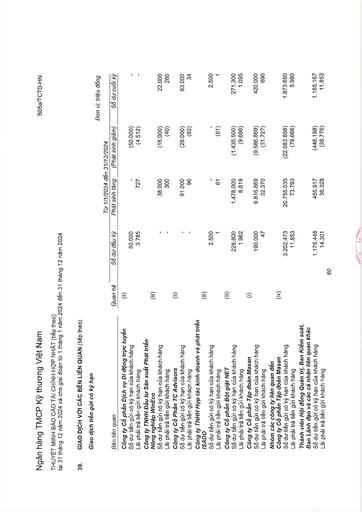
||||Từ 1/1/2024 đến|31/12/2024|| |---|---|---|---|---|---| |Bên liên quan|Quan hệ|Số dư đầu kỳ|Phát sinh tăng|(Phát sinh giảm)|Số dư cuối kỳ| |Công ty Cổ phần Dịch vụ Di động Trực tuyến|(ii)||||| |Số dư tiền gửi có kỳ hạn của khách hàng||50.000|-|(50.000)|-| |Lãi phải trả tiền gửi khách hàng||3.785|727|(4.512)|| |Công ty TNHH Đầu tư Sản xuất Phát triển Nông nghiệp WinEco|(iii)||||| |Số dư tiền gửi có kỳ hạn của khách hàng||-|38.000|(16.000)|22.000| |Lãi phải trả tiền gửi khách hàng||-|300|(40)|260| |Công ty Cổ phần TC Advisors|(ii)||||| |Số dư tiền gửi có kỳ hạn của khách hàng||-|91.000|(28.000)|63.000| |Lãi phải trả tiền gửi khách hàng||-|96|(62)|34| |Công ty TNHH Hợp tác Kinh doanh và Phát triển|||||| |ISADO|(iii)||||| |Số dư tiền gửi có kỳ hạn của khách hàng||2.500|-||2.500| |Lãi phải trả tiền gửi khách hàng||1|61|(61)|1| |Công ty Cổ phần Bột giặt NET|(iii)||||| |Số dư tiền gửi có kỳ hạn của khách hàng||228.800|1.478.000|(1.435.500)|271.300| |Lãi phải trả tiền gửi khách hàng||1.962|8.819|(9.686)|1.095| |Công ty Cổ phần Tập đoàn Masan|(i)||||| |Số dư tiền gửi có kỳ hạn của khách hàng||190.000|9.816.869|(9.586.869)|420.000| |Lãi phải trả tiền gửi khách hàng||47|32.370|(31.727)|690| |Nhóm các công ty liên quan đến Công ty Cổ phần Tập đoàn Masan|(iv)||||| |Số dư tiền gửi có kỳ hạn của khách hàng||3.202.473|20.755.035|(22.083.858)|1.873.650| |Lãi phải trả tiền gửi khách hàng||11.853|73.793|(79.666)|5.980| |Thành viên Hội đồng Quản trị, Ban Kiểm soát, Ban Lãnh đạo và các cá nhân liên quan khác|||||| |Số dư tiền gửi có kỳ hạn của khách hàng||1.175.448|455.917|(446.198)|1.185.167| |Lãi phải trả tiền gửi khách hàng||14.301|36.328|(38.776)|11.853| |||||||